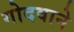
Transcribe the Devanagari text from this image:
गोदवाने